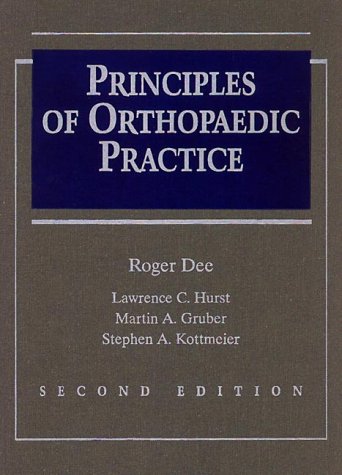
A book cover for Principles of Orthopaedic Practice; Medical Books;